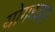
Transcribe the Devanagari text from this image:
योगध्‍यान